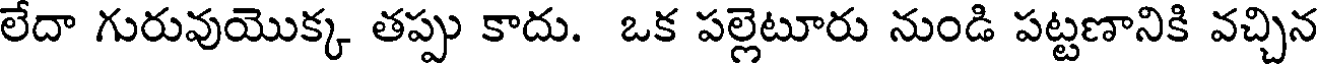
లేదా గురువుయొక్క తప్పు కాదు. ఒక పల్లెటూరు నుండి పట్టణానికి వచ్చిన